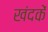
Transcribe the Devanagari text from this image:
खंदकें